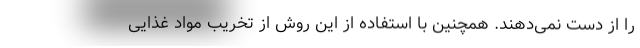
را از دست نمی‌دهند. همچنین با استفاده از این روش از تخریب مواد غذایی